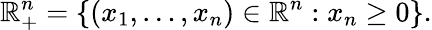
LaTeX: \mathbb R_{+}^{n}=\{ (x_{1},\ldots,x_{n})\in\mathbb R^{n}:x_{n}\ge 0\} .